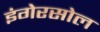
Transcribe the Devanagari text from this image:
इंगेरसोल